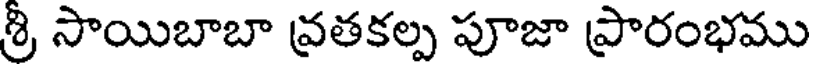
శ్రి సాయిబాబా వ్రతకల్ప పూజా ప్రారంభము